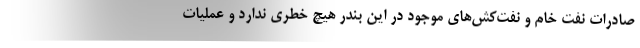
صادرات نفت خام و نفت‌کش‌های موجود در این بندر هیچ خطری ندارد و عملیات